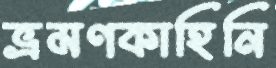
ভ্রমণকাহিনি